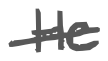
Text: He
Cross-out: single-line
Writing tool: digital_gray